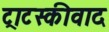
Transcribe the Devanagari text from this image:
ट्राटस्कीवाद